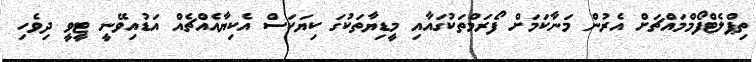
ތިޕްލެޓްފޯމްމައްޗަށް އެރުން މަނާކަމަށް ފޯރަމްތަކުގައާއި މީޑިޔާތަކުގަ ކިޔަކަސް އެކިޔާއެއްޗެއް އަޑުއިވޭނީ ޓީވީ ދިވެހި